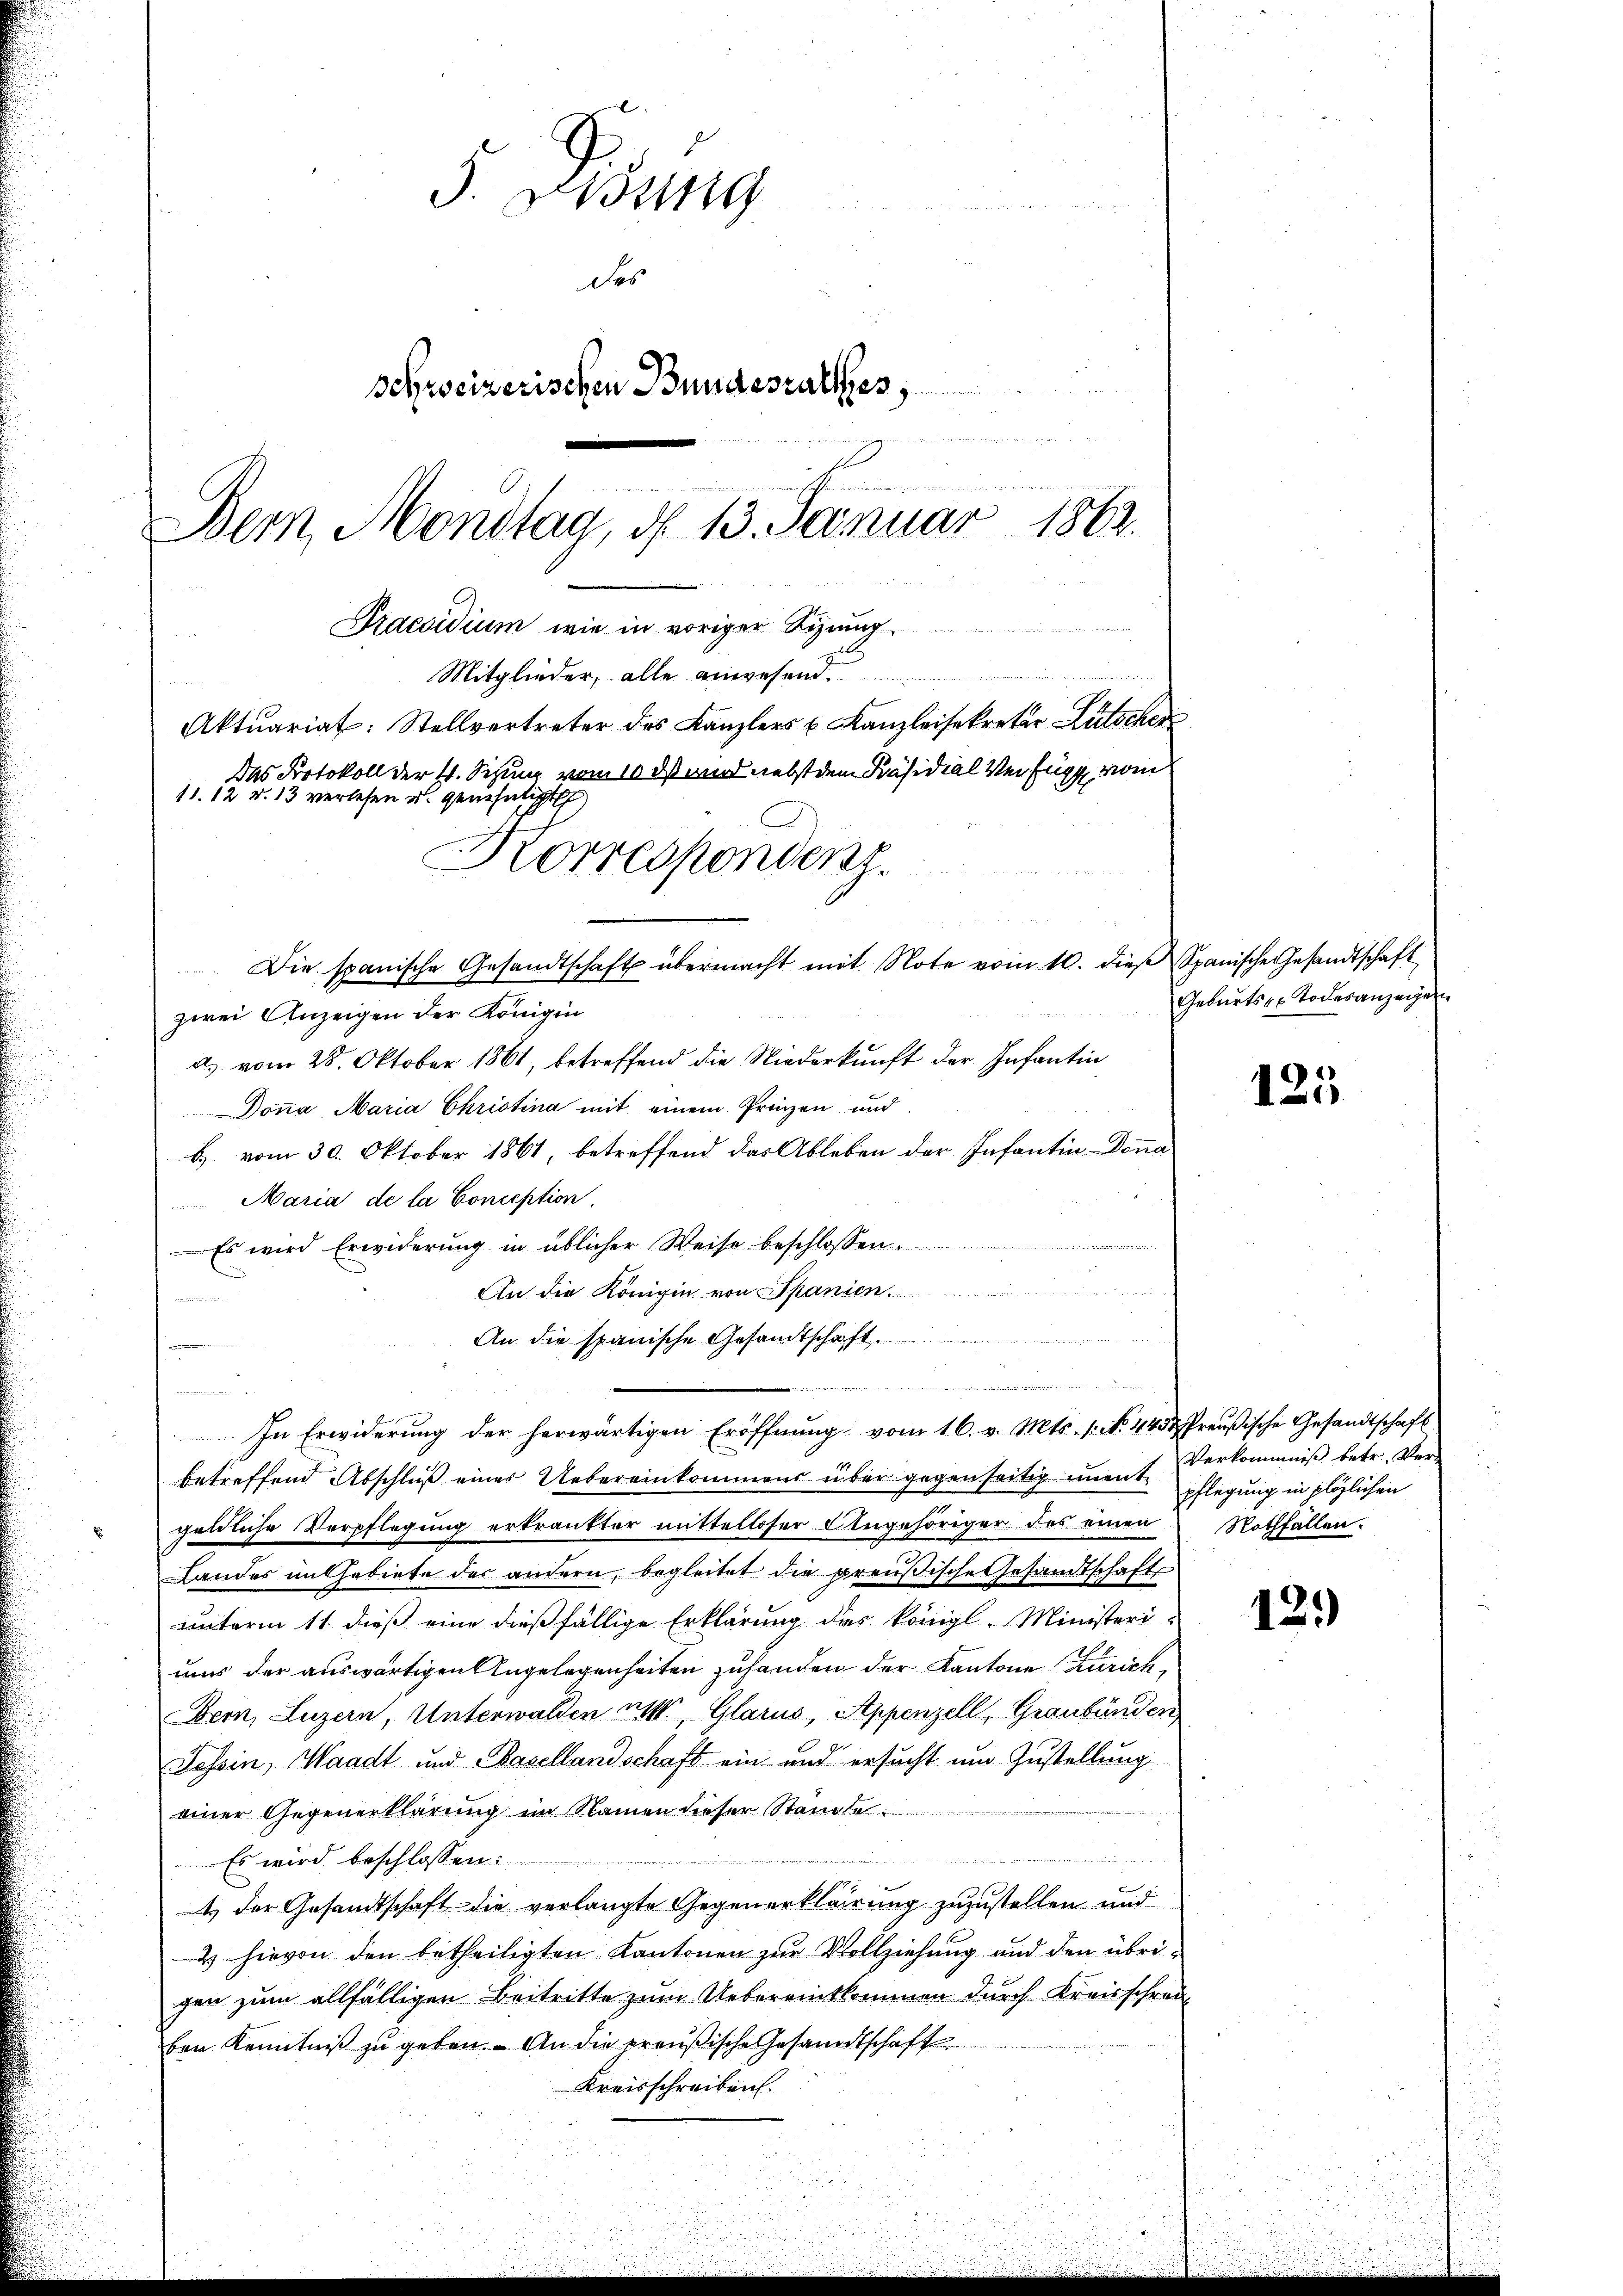
F. Wyssig
Des
schweizerischen Bundesrathes,
s
Bern, Mondtag, d. 13. Januar 1862.
Praesidium wie in voriger Signung
Mitglieder, alle anwesen
Aktuariat: Stellvertreter des Kanzlers u. Kanzleisekretär Lütscher
Das Protokoll der 4. Sizung vom 10. ds wird nebst dem Präsidial Verfügg vom
11. 12 d. 13 verlesen u. genehmigt
Corresponden.
Die spanische Gesandtschaft übermacht mit Note vom 10. dieβ Spanische Gesandtschaft

zwei Anzeigen der Königin
a. vom 28. Oktober 1861, betreffend die Niederkunft der Infantin
Donna, Maria Christina mit einem Prinzen und
b. vom 30. Oktober 1861, betreffend das Ableben der Infantin Dona
Maria de la Conception,
Es wird Erwiderung in üblicher Weise beschlossen:
An die Königin von Spanien
An die spanische Gesandtschaft.
e
e

In Erwiderung der herwärtigen Eröffnung vom 16. v. Mts. 1. No. 445 Preußische Gesandtschaft
betreffend Abschluß eines Uebereinkommens über gegen seitig imment pflegung in plötzlichen
geldliche Verpflegung erkränkter mittelloser Angehöriger des einen
Landes in Gebiete der andern, begleitet die preußische Gesandtschaft
unterm 11. dieß eine dießfällige Erklärung das königl. Ministeriums der auswärtigen Angelegenheiten zuhanden der Kantone Zürich
Bern, Luzern, Unterwalden nit, Glarus, Appenzell, Graubünden
Tessin, Waadt und Basellandschaft ein und ersucht um Zustellung
einer Gegenerklärung im Namen dieser Standte
e
Es wird beschlossen:
t der Gesandtschaft die verlangte Gegenerklärung zuzustellen und
2 hievon den betheiligten Kantonen zur Vollziehung und den übrigen zum allfälligen Beitritte zum Uebereintkommen durch Kreisschrei
ben Kenntniß zu geben. An die preußische Gesandtschaft
Kreisschreiben.

.

Geburts- Todesanzeigen

125

Verkommniß betr. Ver-
Nothfallen.

12.)